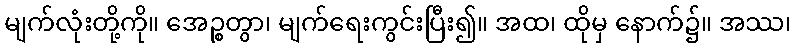
မျက်လုံးတို့ကို။ အေဉ္စတွာ၊ မျက်ရေးကွင်းပြီး၍။ အထ၊ ထိုမှ နောက်၌။ အဿ၊